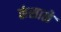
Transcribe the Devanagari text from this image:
कंसाळे